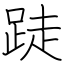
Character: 跿